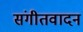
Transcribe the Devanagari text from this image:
संगीतवादन